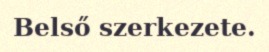
Belső szerkezete.